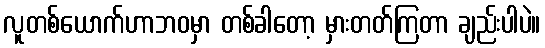
လူတစ်ယောက်ဟာဘဝမှာ တစ်ခါတော့ မှားတတ်ကြတာ ချည်းပါပဲ။